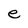
Character: e